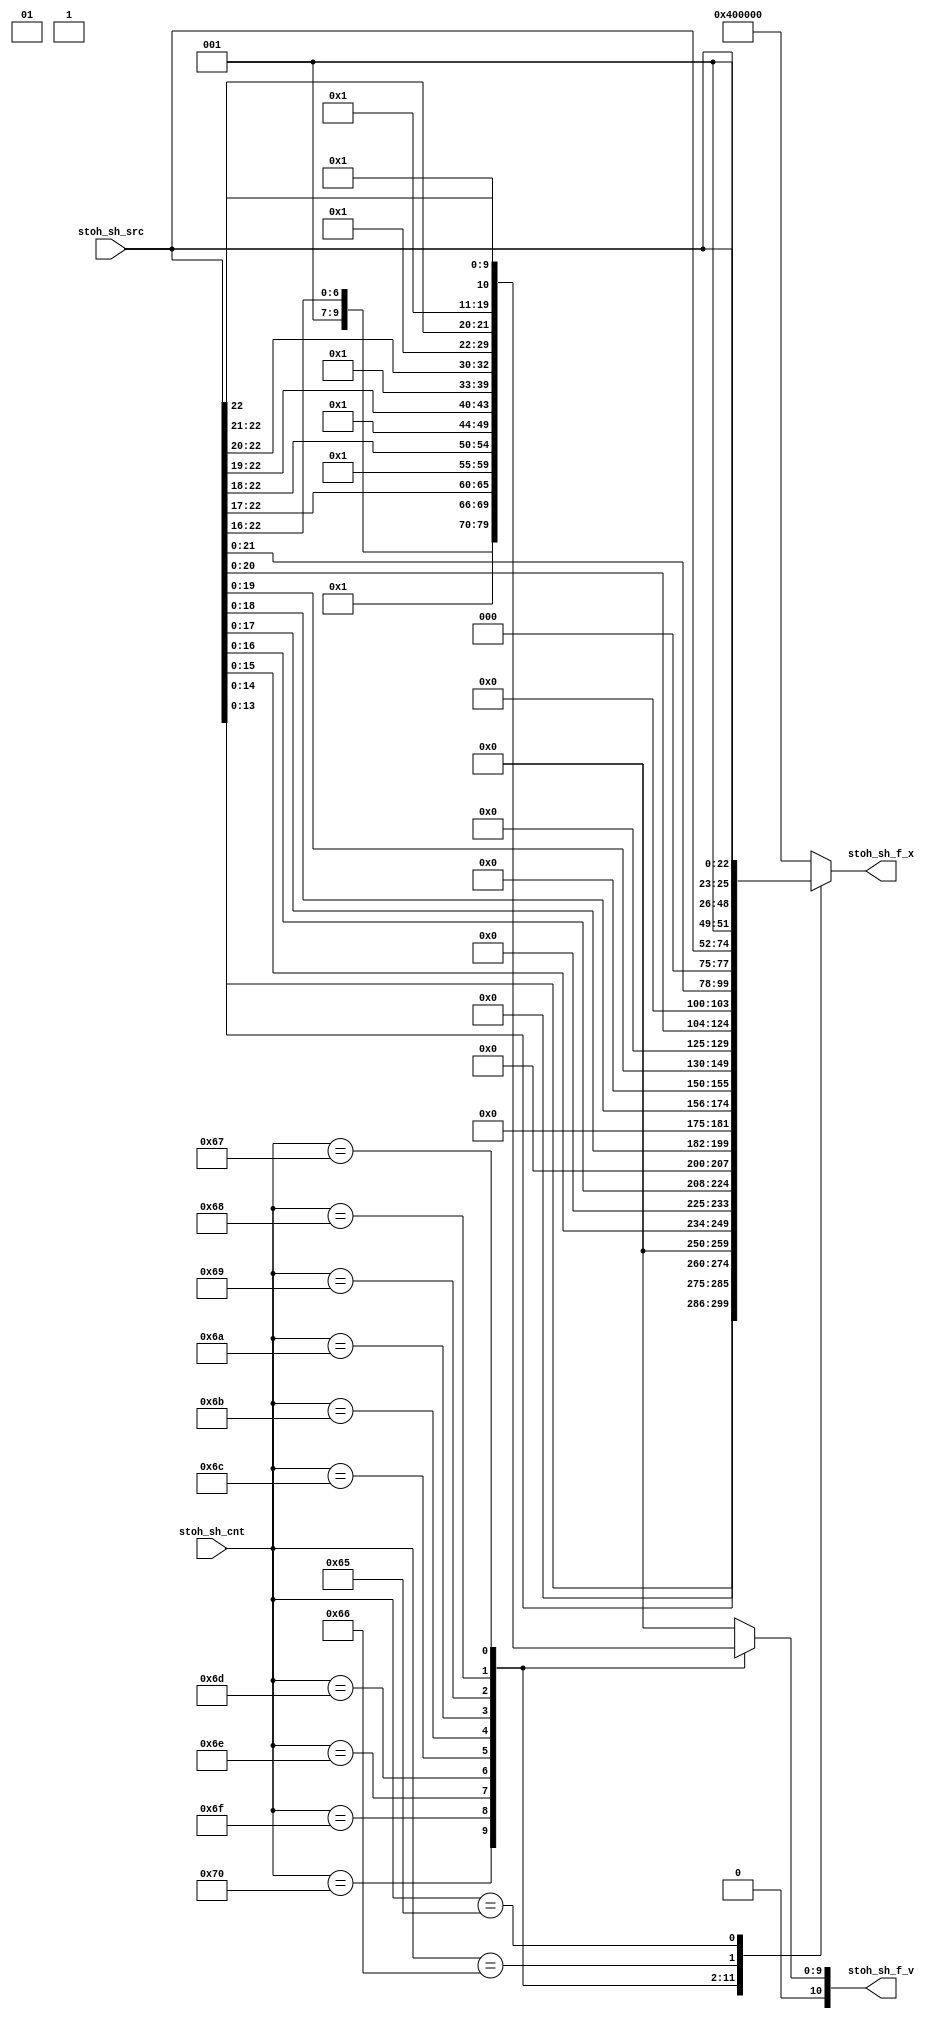
/*Copyright 2019-2021 T-Head Semiconductor Co., Ltd.

Licensed under the Apache License, Version 2.0 (the "License");
you may not use this file except in compliance with the License.
You may obtain a copy of the License at

    http://www.apache.org/licenses/LICENSE-2.0

Unless required by applicable law or agreed to in writing, software
distributed under the License is distributed on an "AS IS" BASIS,
WITHOUT WARRANTIES OR CONDITIONS OF ANY KIND, either express or implied.
See the License for the specific language governing permissions and
limitations under the License.
*/

// &ModuleBeg; @16
module ct_fcnvt_stoh_sh(
  stoh_sh_cnt,
  stoh_sh_f_v,
  stoh_sh_f_x,
  stoh_sh_src
);

// &Ports; @17
input   [7 :0]  stoh_sh_cnt; 
input   [22:0]  stoh_sh_src; 
output  [10:0]  stoh_sh_f_v; 
output  [24:0]  stoh_sh_f_x; 

// &Regs; @18
reg     [10:0]  stoh_sh_f_v; 
reg     [24:0]  stoh_sh_f_x; 

// &Wires; @19
wire    [7 :0]  stoh_sh_cnt; 
wire    [22:0]  stoh_sh_src; 



// &CombBeg; @22
always @( stoh_sh_src[22:0]
       or stoh_sh_cnt[7:0])
begin
case(stoh_sh_cnt[7:0])
  8'h70: begin //-15
  stoh_sh_f_v[10:0] = {2'b1,stoh_sh_src[22:14]};
  stoh_sh_f_x[24:0] = {stoh_sh_src[13:0],11'b0};
  end
  8'h6f: begin //-16
  stoh_sh_f_v[10:0] = {3'b1,stoh_sh_src[22:15]};
  stoh_sh_f_x[24:0] = {stoh_sh_src[14:0],10'b0};
  end
  8'h6e: begin //-17
  stoh_sh_f_v[10:0] = {4'b1,stoh_sh_src[22:16]};
  stoh_sh_f_x[24:0] = {stoh_sh_src[15:0],9'b0};
  end
  8'h6d: begin //-18
  stoh_sh_f_v[10:0] = {5'b1,stoh_sh_src[22:17]};
  stoh_sh_f_x[24:0] = {stoh_sh_src[16:0],8'b0};
  end
  8'h6c: begin //-19
  stoh_sh_f_v[10:0] = {6'b1,stoh_sh_src[22:18]};
  stoh_sh_f_x[24:0] = {stoh_sh_src[17:0],7'b0};
  end
  8'h6b: begin //-20
  stoh_sh_f_v[10:0] = {7'b1,stoh_sh_src[22:19]};
  stoh_sh_f_x[24:0] = {stoh_sh_src[18:0],6'b0};
  end
  8'h6a: begin //-21
  stoh_sh_f_v[10:0] = {8'b1,stoh_sh_src[22:20]};
  stoh_sh_f_x[24:0] = {stoh_sh_src[19:0],5'b0};
  end
  8'h69: begin //-22
  stoh_sh_f_v[10:0] = {9'b1,stoh_sh_src[22:21]};
  stoh_sh_f_x[24:0] = {stoh_sh_src[20:0],4'b0};
  end
  8'h68: begin //-23
  stoh_sh_f_v[10:0] = {10'b1,stoh_sh_src[22]};
  stoh_sh_f_x[24:0] = {stoh_sh_src[21:0],3'b0};
  end
  8'h67: begin //-24
  stoh_sh_f_v[10:0] = {11'b1};
  stoh_sh_f_x[24:0] = {stoh_sh_src[22:0],2'b0};
  end
  8'h66: begin //-25
  stoh_sh_f_v[10:0] = 11'b0;
  stoh_sh_f_x[24:0] = {1'b1,stoh_sh_src[22:0],1'b0};
  end
  8'h65: begin //-26
  stoh_sh_f_v[10:0] = 11'b0;
  stoh_sh_f_x[24:0] = {2'b1,stoh_sh_src[22:0]};
  end
  default: begin
  stoh_sh_f_v[10:0] = 11'b0;
  stoh_sh_f_x[24:0] = {3'b1,22'b0};
  end
endcase
// &CombEnd; @77
end


// &ModuleEnd; @80
endmodule